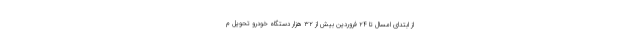
از ابتدای امسال تا ۲۴ فروردین بیش از ۳۲ هزار دستگاه خودرو تحویل م